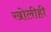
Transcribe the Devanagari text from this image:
खोलीही